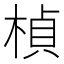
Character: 楨